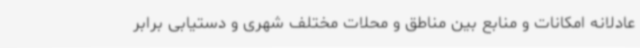
عادلانه امکانات و منابع بین مناطق و محلات مختلف شهری و دستیابی برابر